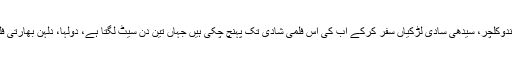
ادھر وی سی آر پر بھارتی نیم عریاں فلموں کا طوفان آگیا، ساتھ ہی الٹا سیدھا فیشن اور ہندوکلچر، سیدھی سادی لڑکیاں سفر کرکے اب کی اس فلمی شادی تک پہنچ چکی ہیں جہاں تین دن سیٹ لگتا ہے، دولہا، دلہن بھارتی فلموں کا نمونہ بن کر ڈانسنگ فلور، مہندی و سٹیج پر ہیرو، ہیروئن کی مانند بیٹھتے ہیں۔